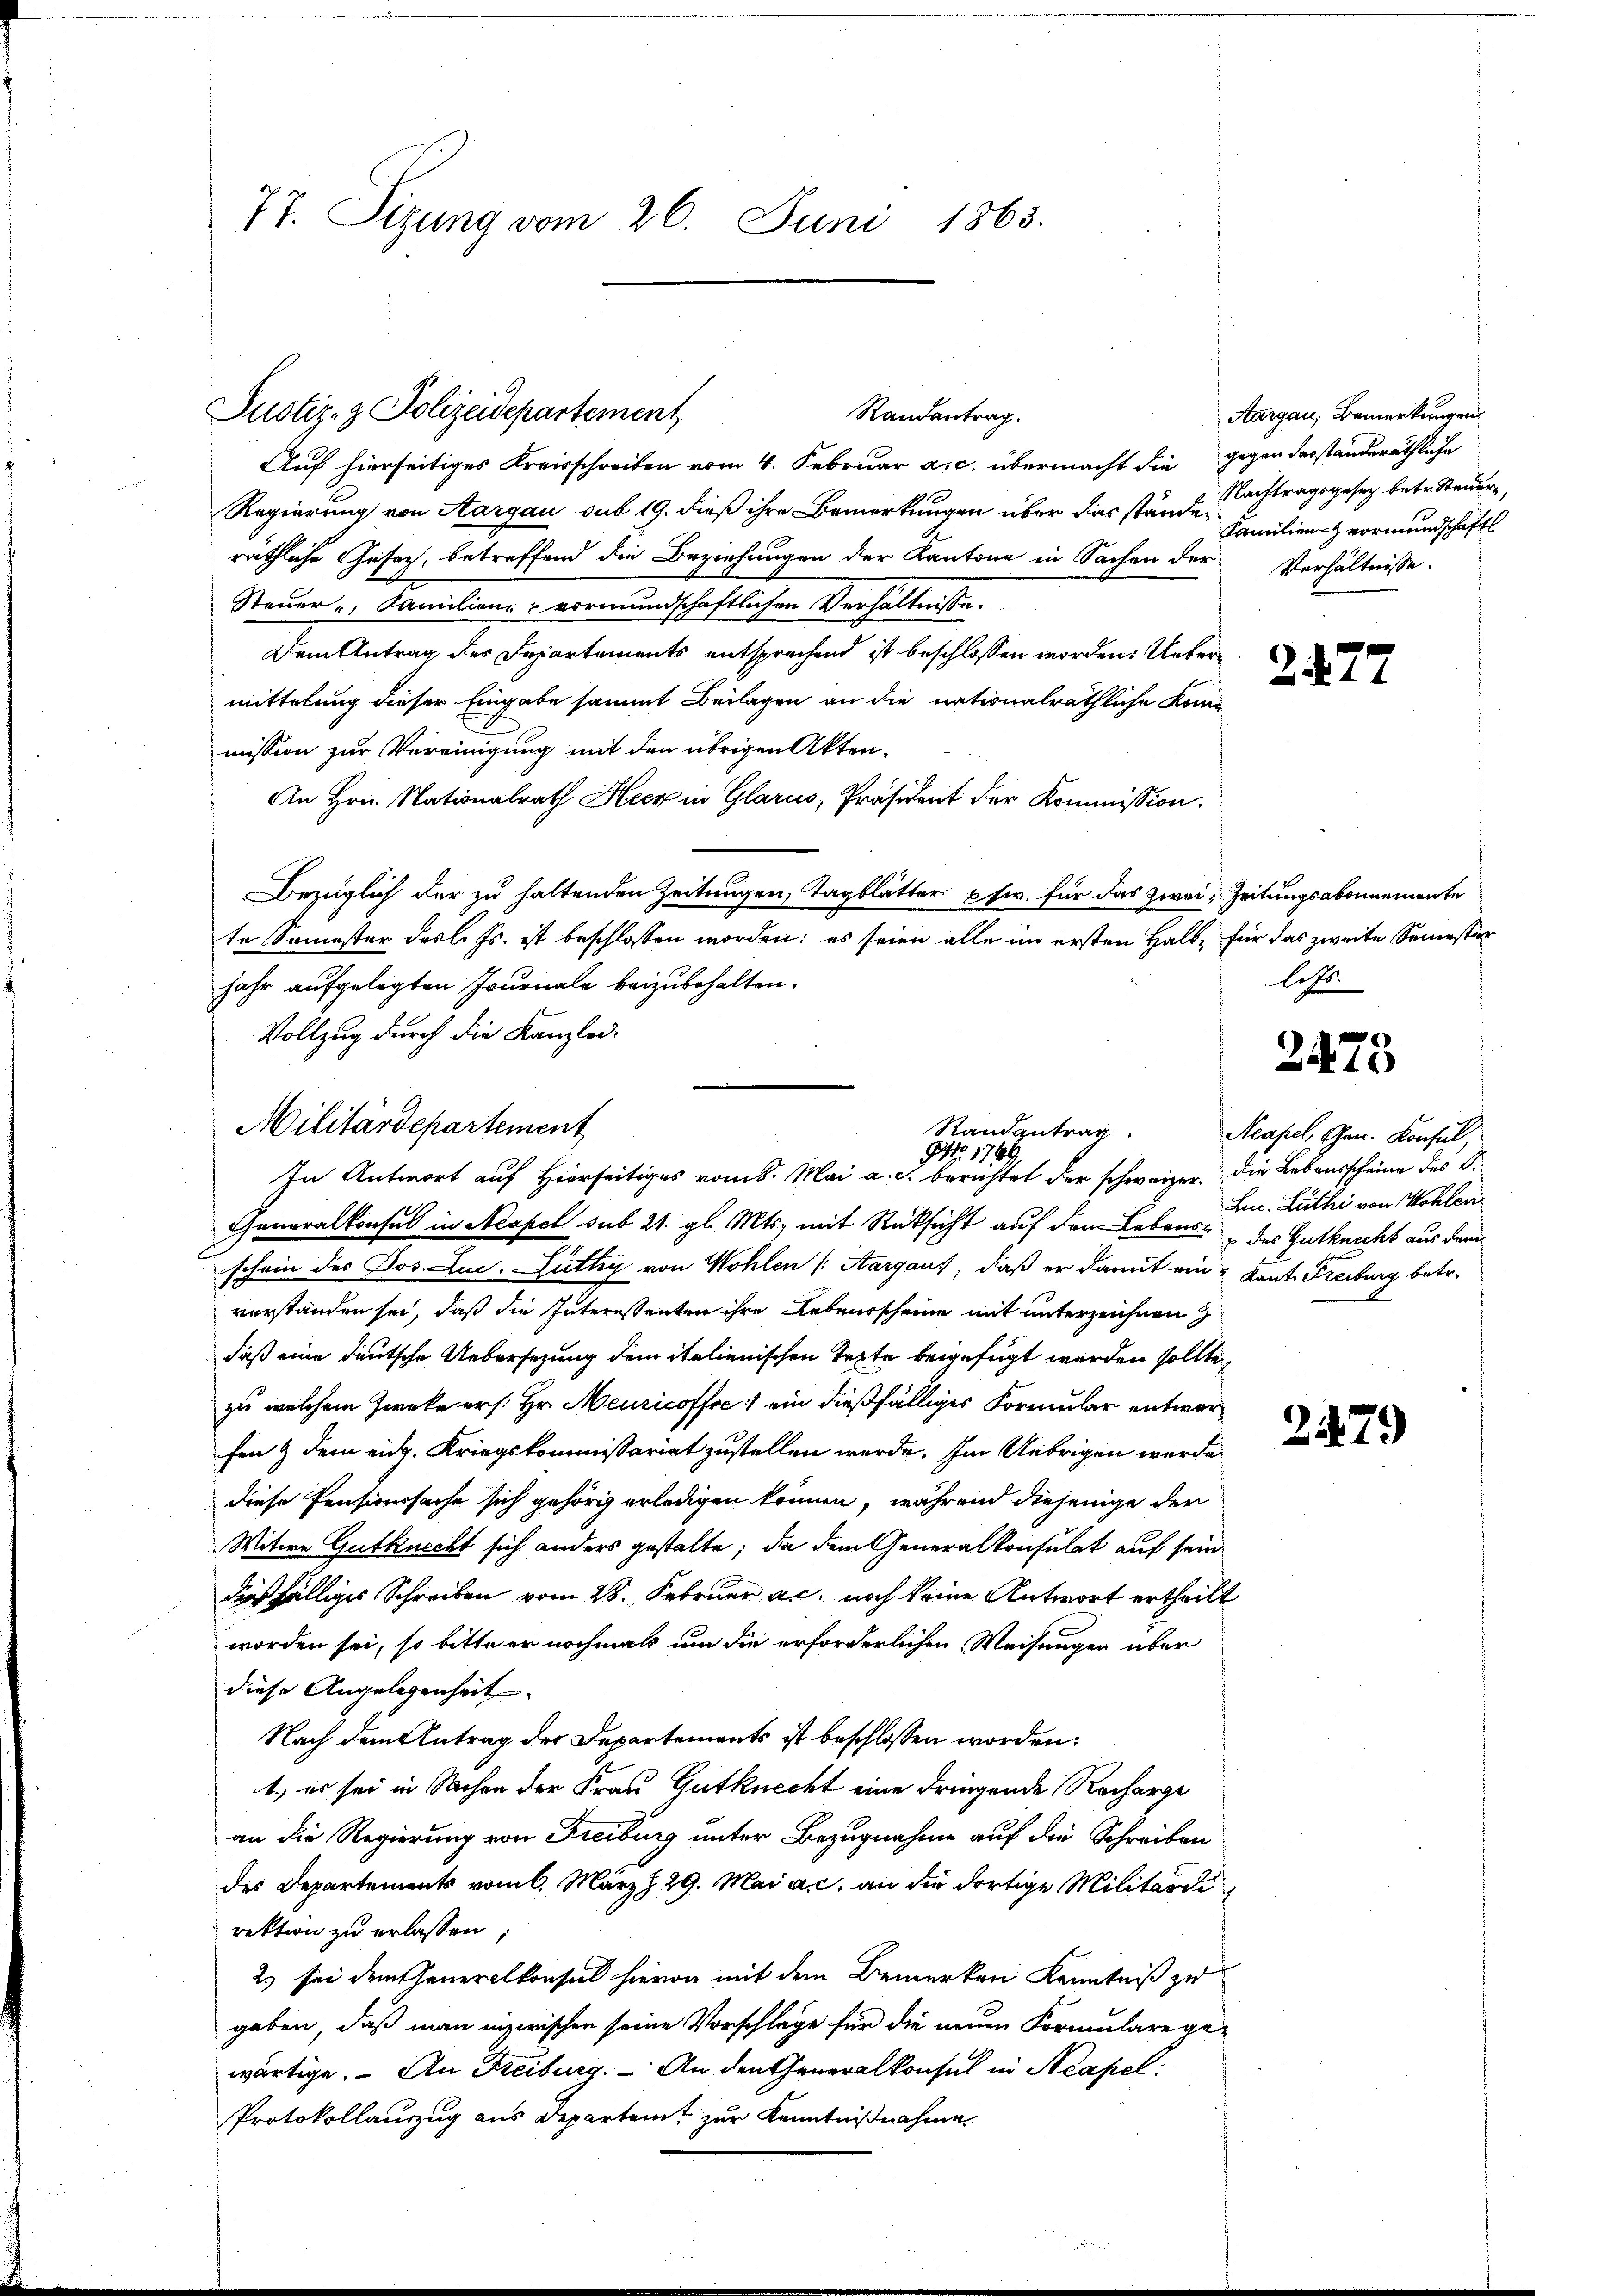
77. Sizung vom 26. Juni 1863.

Justiz- & Polizeidepartement

Auf hierseitiges Kreisschreiben vom 4. Februar a.c. übermacht die gegen derständeräthliche
Regierung von Aargau sub 19. dieß ihre Bemerkungen über das stände Nachtragsgesetz betr. Steuer
räthliche Gesetz, betreffend die Beziehungen der Kantone in Sachen der
Steuer u Familienz vormundschaftlichen Verhältnisse.
Dem Antrag des Departements entsprechend ist beschlossen worden. Uebermittelung dieser Eingabe sammt Beilagen an die nationalräthliche Kome
mission zur Vereinigung mit den übrigen Akten.
An Hrn. Nationalrath Heck in Glarus, Präsident der Kommission.
Bezüglich der zu haltenden Zeitungen, Tagblätter p fr. für das zwei Zeitungsabonnemente
te Semester des l. Js. ist beschlossen worden: es seien alle im ersten Halb- für das zweite Semester
jahr aufgelegten Journale beizubehalten.
Vollzug durch die Kanzlei-
Militärdepartement
Generalkonsul in Acapel sub 21. gl. Mts. mit Rücksicht auf den Lebens des Gutknecht aus dem
schein des Jos. Luc. Lüthy von Wohlen (Aargaus, daß er damit ein & Kant. Freiburg betr.
vorstanden sei, daß die Interestenten ihre Lebensscheine mit unterzeichnen
daß eine deutsche Uebersezung dem italienischen Texte beigefügt werden sollte,
zu welchem Zwecke ers. Hr. Meuricoffe ein dießfälliges Formular entworfen & dem eidg. Kriegskommissariat zustellen werde. Im Uebrigen werde
diese Pensionssache sich gehörig erledigen können, während diejenige der
Witwe Gutknecht sich anders gestalte; da dem Generalkonsulat auf sein
dießfälliges Schreiben vom 28. Februar a.c. noch keine Antwort ertheilt
worden sei, so bitte er nochmals um die erforderlichen Weisungen über
diese Angelegenheit
Nach dem Antrag der Departements ist beschlossen worden:
1.) es sei in Sachen der Frau Gutknecht eine dringende Recharge
an die Regierung von Freiburg unter Bezugnahme auf die Schreiben
des Departements vom 6. März d. 29. Mai a. c. an die dortige Militärdi
rektion zu erlassen;
2) sei den Generalkonsul hievon mit dem Bemerken Kenntniß zu
geben, daß man inzwischen seine Vorschlage für die neuen Formulare ge-
wärtige. – An Freiburg. – An den Generalkonsul in Neapel
Protokollauszug aus Departent zur Kenntnißnahme

Randantrag.

Randantrag
No. 1789.
In Antwort auf Hierseitiges vom 8. Mai a. c. berichtet der schweizer. Die Lebausscheine des S.

Aargau, Bemerkungen
Familienz vormundschaftl.
Verhältnisse.

2277

litt.

2475

Acapel, Gen. Konsul,
Luc. Lüthi von Wohlen

2279